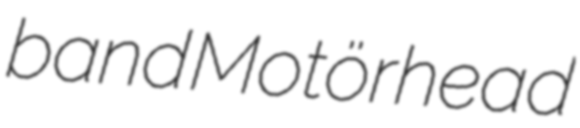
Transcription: band Motörhead